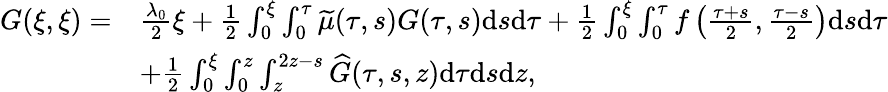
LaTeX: \begin{array}{rl}{G(\xi,\xi)=}&{{\frac{\lambda_{0}}{2}}\xi+{{\frac{{1}}{2}}\int_{0}^{\xi}\int_{0}^{\tau}\widetilde{\mu}(\tau,s)G(\tau,s)\mathrm{d}s\mathrm{d}\tau}+\frac{1}{2}\int_{0}^{\xi}\int_{0}^{\tau}f\left(\frac{\tau+s}{2},\frac{\tau-s}{2}\right)\mathrm{d}s\mathrm{d}\tau}\\ &{+\frac{1}{2}\int_{0}^{\xi}\int_{0}^{z}\int_{z}^{2z-s}\widehat{G}(\tau,s,z)\mathrm{d}\tau\mathrm{d}s\mathrm{d}z,}\end{array}